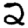
Digit: 2